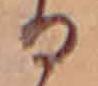
る